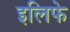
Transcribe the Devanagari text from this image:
इलिफे